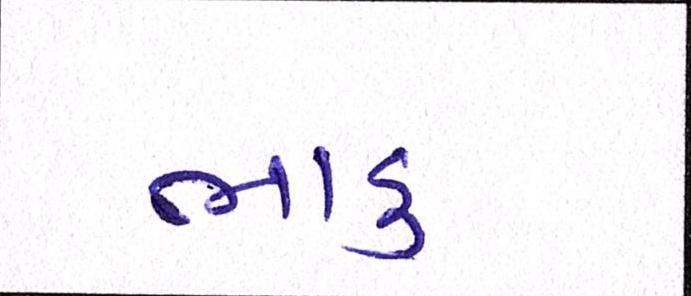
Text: ભાડુ